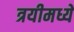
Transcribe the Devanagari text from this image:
त्रयीमध्ये